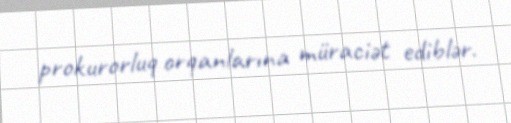
prokurorluq orqanlarına müraciət ediblər.